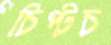
চিপ্‌টচ